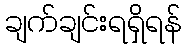
ချက်ချင်းရရှိရန်